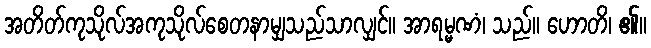
အတိတ်ကုသိုလ်အကုသိုလ်စေတနာမျှသည်သာလျှင်။ အာရမ္မဏံ၊ သည်။ ဟောတိ၊ ၏။